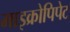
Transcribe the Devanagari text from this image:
माइक्रोपिपेट